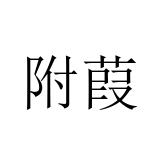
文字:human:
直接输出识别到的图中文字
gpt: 附葭